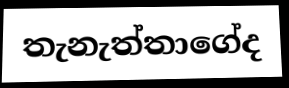
තැනැත්තාගේද